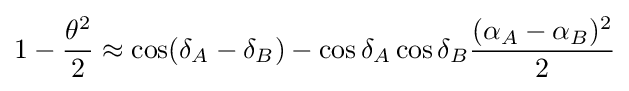
1-{\frac {\theta ^{2}}{2}}\approx \cos(\delta _{A}-\delta _{B})-\cos \delta _{A}\cos \delta _{B}{\frac {(\alpha _{A}-\alpha _{B})^{2}}{2}}